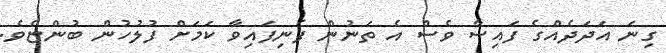
ގިނަ އަދަދެއްގެ ފައިސާ ވެސް އެ ތަނުން ފެނިފައިވާ ކަމަށް ފުލުހުން ބުންޏެވެ.